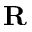
\mathbf { R }